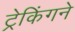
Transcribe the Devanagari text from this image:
ट्रेकिंगने